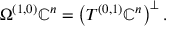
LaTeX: \Omega ^ { ( 1 , 0 ) } \mathbb { C } ^ { n } = \left( T ^ { ( 0 , 1 ) } \mathbb { C } ^ { n } \right) ^ { \bot } .